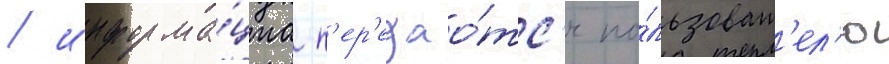
/ информа́циа п'ер'едао́тс'я по́льзоват'ел'ю